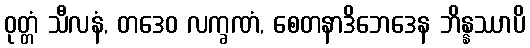
ဝုတ္တံ သီလနံ, တဒေဝ လက္ခဏံ, စေတနာဒိဘေဒေန ဘိန္နဿာပိ